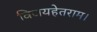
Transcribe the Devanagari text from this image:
विजयहेतराम।